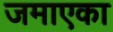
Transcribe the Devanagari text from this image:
जमाएका